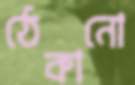
ঠেকানো